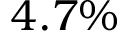
4 . 7 \%